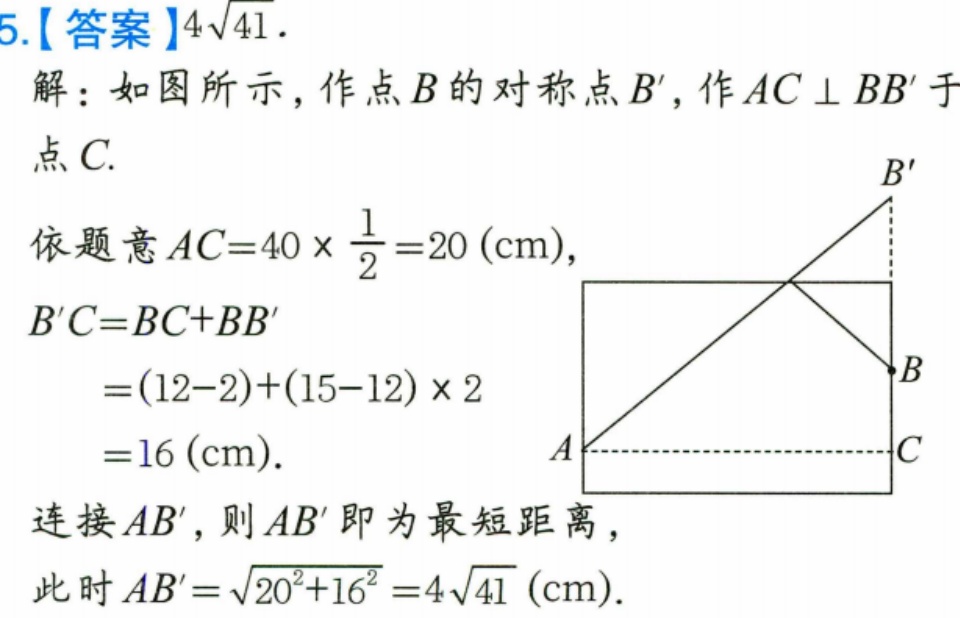
5.【答案】\(4\sqrt{41}\)．
解：如图所示，作点\(B\)的对称点\(B'\)，作\(AC\perp BB'\)于点\(C\).
依题意\(AC = 40\times\frac{1}{2}=20(\text{cm})\)，
\(B'C=BC + BB'\)
\(=(12 - 2)+(15 - 12)\times2\)
\(=16(\text{cm})\).
连接\(AB'\)，则\(AB'\)即为最短距离，
此时\(AB'=\sqrt{20^{2}+16^{2}} = 4\sqrt{41}(\text{cm})\).